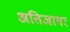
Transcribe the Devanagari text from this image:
अतिजागर